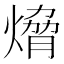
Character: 熁